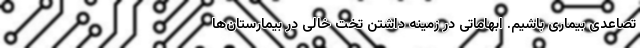
تصاعدی بیماری باشیم. ابهاماتی در زمینه داشتن تخت خالی در بیمارستان‌ها